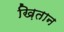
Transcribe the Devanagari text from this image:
ख़ितान